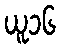
ယူ၁၆